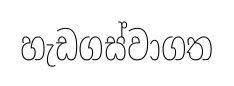
හැඩගස්වාගත